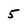
Character: 5